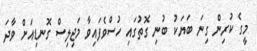
މީގެ ކުރިން ގިނަ ބަޔަކު ބުނި ގޮތުގައި ހުސްވެފައިވާ މަޖިލިސް ގޮނޑިއަށް ވާދަ